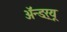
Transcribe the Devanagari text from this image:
अॅन्ड्‌र्‍यू